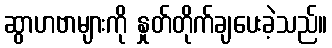
ဆွာဟဗာများကို နှုတ်တိုက်ချပေးခဲ့သည်။